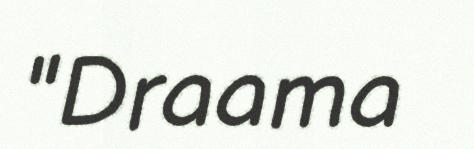
"Draama